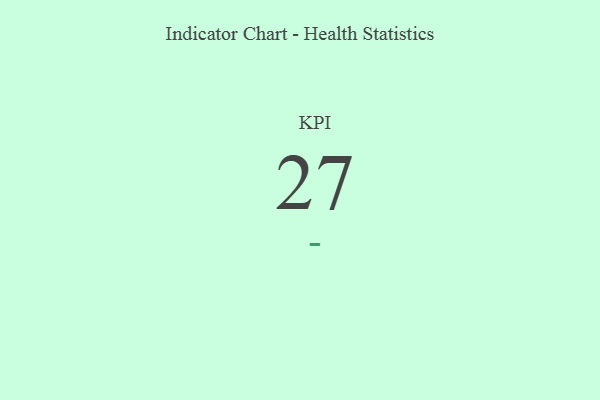
{"axis": {"x": "KPI", "y": "Value"}, "legend": [""], "data": [{"x": "KPI", "y": 27, "type": ""}]}